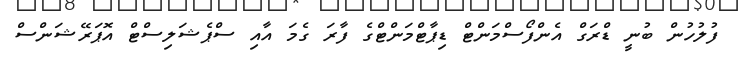
ފުލުހުން ބުނީ ޑްރަގް އެންފޯސްމަންޓް ޑިޕާޓްމަންޓްގެ ފާރަ ގެމަ އާއި ސްޕެޝަލިސްޓް އޮޕަރޭޝަންސް